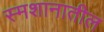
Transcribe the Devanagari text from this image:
स्मशानातील